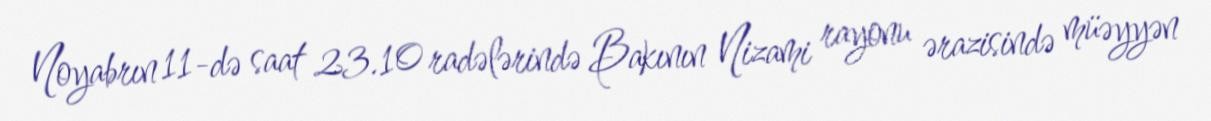
Noyabrın 11-də saat 23.10 radələrində Bakının Nizami rayonu ərazisində müəyyən